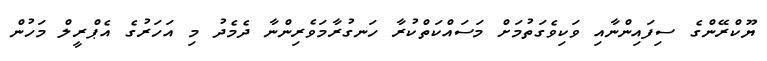
ޔޫކްރޭންގެ ސިފައިންނާއި ވަކިވެގަތުމަށް މަސައްކަތްކުރާ ހަނގުރާމަވެރިންނާ ދެމެދު މި އަހަރުގެ އެޕްރީލް މަހުން